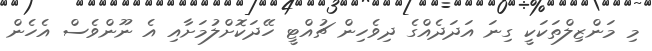
މި މަންޒިލްތަކަކީ ގިނަ އަދަދެއްގެ ދިވެހިން ޗުއްޓީ ހޭދަކޮށްލުމަށާއި އެ ނޫންވެސް އެހެން